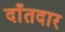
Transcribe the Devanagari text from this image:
दाँतदार